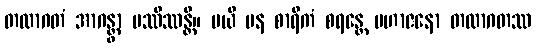
တထာဂတံ အာဂန္တွာ ပဿိဿန္တိ။ မယိ ပန စာရိကံ စရန္တေ မဟာဇနော တထာဂတဿ